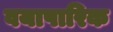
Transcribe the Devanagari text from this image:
वयापारिक